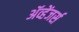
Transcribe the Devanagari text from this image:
ॲव्हेंजर्स